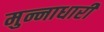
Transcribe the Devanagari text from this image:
मुन्नाधारी